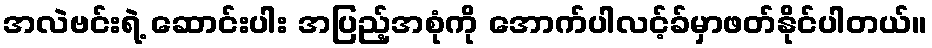
အလဲဗင်းရဲ့ ဆောင်းပါး အပြည့်အစုံကို အောက်ပါလင့်ခ်မှာဖတ်နိုင်ပါတယ်။